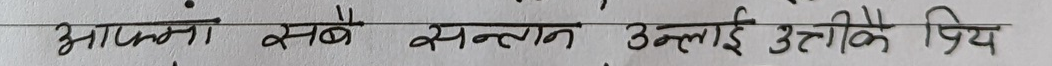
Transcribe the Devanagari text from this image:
आफ्नो सबै सन्तानलाई उनीकै प्रिय